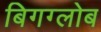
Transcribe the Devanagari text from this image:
बिगग्लोब